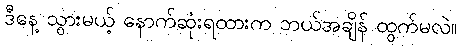
ဒီနေ့ သွားမယ့် နောက်ဆုံးရထားက ဘယ်အချိန် ထွက်မလဲ။